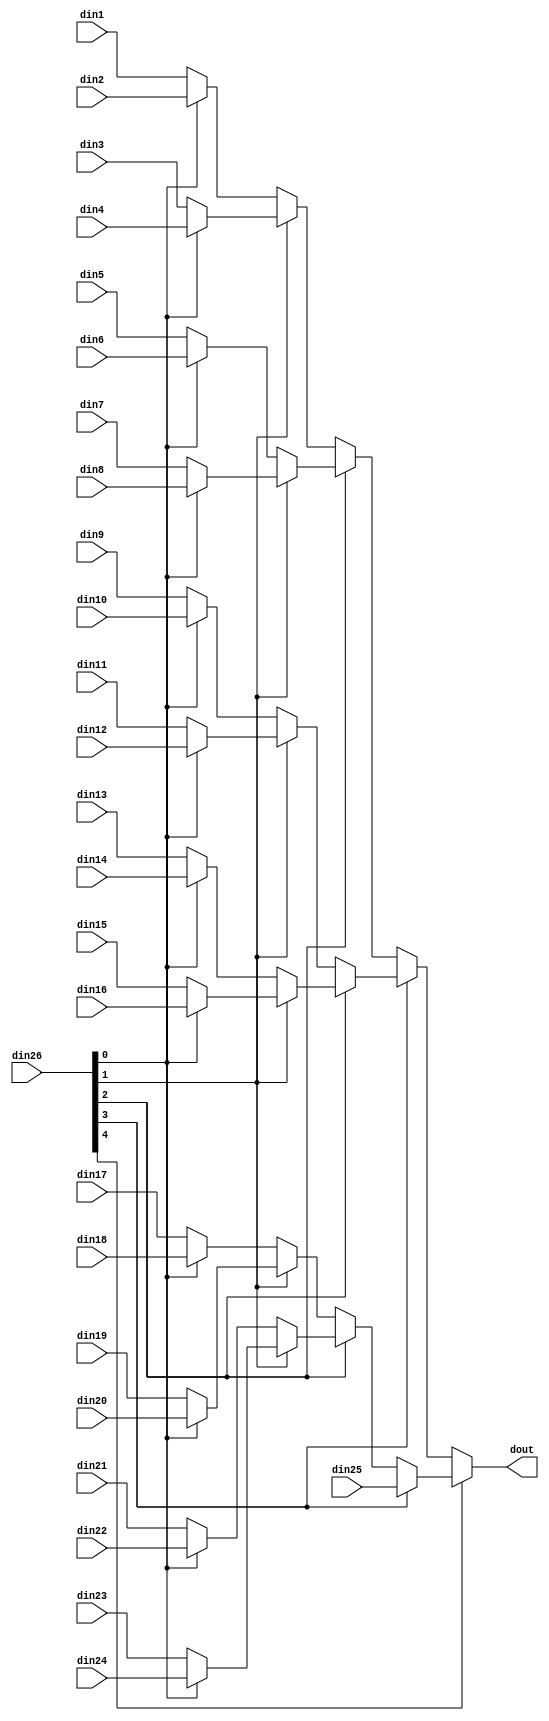
// ==============================================================
// File generated by Vivado(TM) HLS - High-Level Synthesis from C, C++ and SystemC
// Version: 2015.1
// Copyright (C) 2015 Xilinx Inc. All rights reserved.
// 
// ==============================================================


`timescale 1ns/1ps

module sw_pe_array_mux_25to1_sel5_8_1 #(
parameter
    ID                = 0,
    NUM_STAGE         = 1,
    din1_WIDTH       = 32,
    din2_WIDTH       = 32,
    din3_WIDTH       = 32,
    din4_WIDTH       = 32,
    din5_WIDTH       = 32,
    din6_WIDTH       = 32,
    din7_WIDTH       = 32,
    din8_WIDTH       = 32,
    din9_WIDTH       = 32,
    din10_WIDTH       = 32,
    din11_WIDTH       = 32,
    din12_WIDTH       = 32,
    din13_WIDTH       = 32,
    din14_WIDTH       = 32,
    din15_WIDTH       = 32,
    din16_WIDTH       = 32,
    din17_WIDTH       = 32,
    din18_WIDTH       = 32,
    din19_WIDTH       = 32,
    din20_WIDTH       = 32,
    din21_WIDTH       = 32,
    din22_WIDTH       = 32,
    din23_WIDTH       = 32,
    din24_WIDTH       = 32,
    din25_WIDTH       = 32,
    din26_WIDTH         = 32,
    dout_WIDTH            = 32
)(
    input  [7 : 0]     din1,
    input  [7 : 0]     din2,
    input  [7 : 0]     din3,
    input  [7 : 0]     din4,
    input  [7 : 0]     din5,
    input  [7 : 0]     din6,
    input  [7 : 0]     din7,
    input  [7 : 0]     din8,
    input  [7 : 0]     din9,
    input  [7 : 0]     din10,
    input  [7 : 0]     din11,
    input  [7 : 0]     din12,
    input  [7 : 0]     din13,
    input  [7 : 0]     din14,
    input  [7 : 0]     din15,
    input  [7 : 0]     din16,
    input  [7 : 0]     din17,
    input  [7 : 0]     din18,
    input  [7 : 0]     din19,
    input  [7 : 0]     din20,
    input  [7 : 0]     din21,
    input  [7 : 0]     din22,
    input  [7 : 0]     din23,
    input  [7 : 0]     din24,
    input  [7 : 0]     din25,
    input  [4 : 0]    din26,
    output [7 : 0]   dout);

// puts internal signals
wire [4 : 0]     sel;
// level 1 signals
wire [7 : 0]         mux_1_0;
wire [7 : 0]         mux_1_1;
wire [7 : 0]         mux_1_2;
wire [7 : 0]         mux_1_3;
wire [7 : 0]         mux_1_4;
wire [7 : 0]         mux_1_5;
wire [7 : 0]         mux_1_6;
wire [7 : 0]         mux_1_7;
wire [7 : 0]         mux_1_8;
wire [7 : 0]         mux_1_9;
wire [7 : 0]         mux_1_10;
wire [7 : 0]         mux_1_11;
wire [7 : 0]         mux_1_12;
// level 2 signals
wire [7 : 0]         mux_2_0;
wire [7 : 0]         mux_2_1;
wire [7 : 0]         mux_2_2;
wire [7 : 0]         mux_2_3;
wire [7 : 0]         mux_2_4;
wire [7 : 0]         mux_2_5;
wire [7 : 0]         mux_2_6;
// level 3 signals
wire [7 : 0]         mux_3_0;
wire [7 : 0]         mux_3_1;
wire [7 : 0]         mux_3_2;
wire [7 : 0]         mux_3_3;
// level 4 signals
wire [7 : 0]         mux_4_0;
wire [7 : 0]         mux_4_1;
// level 5 signals
wire [7 : 0]         mux_5_0;

assign sel = din26;

// Generate level 1 logic
assign mux_1_0 = (sel[0] == 0)? din1 : din2;
assign mux_1_1 = (sel[0] == 0)? din3 : din4;
assign mux_1_2 = (sel[0] == 0)? din5 : din6;
assign mux_1_3 = (sel[0] == 0)? din7 : din8;
assign mux_1_4 = (sel[0] == 0)? din9 : din10;
assign mux_1_5 = (sel[0] == 0)? din11 : din12;
assign mux_1_6 = (sel[0] == 0)? din13 : din14;
assign mux_1_7 = (sel[0] == 0)? din15 : din16;
assign mux_1_8 = (sel[0] == 0)? din17 : din18;
assign mux_1_9 = (sel[0] == 0)? din19 : din20;
assign mux_1_10 = (sel[0] == 0)? din21 : din22;
assign mux_1_11 = (sel[0] == 0)? din23 : din24;
assign mux_1_12 = din25;

// Generate level 2 logic
assign mux_2_0 = (sel[1] == 0)? mux_1_0 : mux_1_1;
assign mux_2_1 = (sel[1] == 0)? mux_1_2 : mux_1_3;
assign mux_2_2 = (sel[1] == 0)? mux_1_4 : mux_1_5;
assign mux_2_3 = (sel[1] == 0)? mux_1_6 : mux_1_7;
assign mux_2_4 = (sel[1] == 0)? mux_1_8 : mux_1_9;
assign mux_2_5 = (sel[1] == 0)? mux_1_10 : mux_1_11;
assign mux_2_6 = mux_1_12;

// Generate level 3 logic
assign mux_3_0 = (sel[2] == 0)? mux_2_0 : mux_2_1;
assign mux_3_1 = (sel[2] == 0)? mux_2_2 : mux_2_3;
assign mux_3_2 = (sel[2] == 0)? mux_2_4 : mux_2_5;
assign mux_3_3 = mux_2_6;

// Generate level 4 logic
assign mux_4_0 = (sel[3] == 0)? mux_3_0 : mux_3_1;
assign mux_4_1 = (sel[3] == 0)? mux_3_2 : mux_3_3;

// Generate level 5 logic
assign mux_5_0 = (sel[4] == 0)? mux_4_0 : mux_4_1;

// output logic
assign dout = mux_5_0;

endmodule